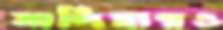
মালিঙ্গারও